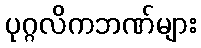
ပုဂ္ဂလိကဘဏ်များ